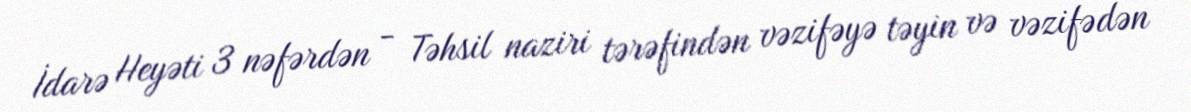
İdarə Heyəti 3 nəfərdən - Təhsil naziri tərəfindən vəzifəyə təyin və vəzifədən